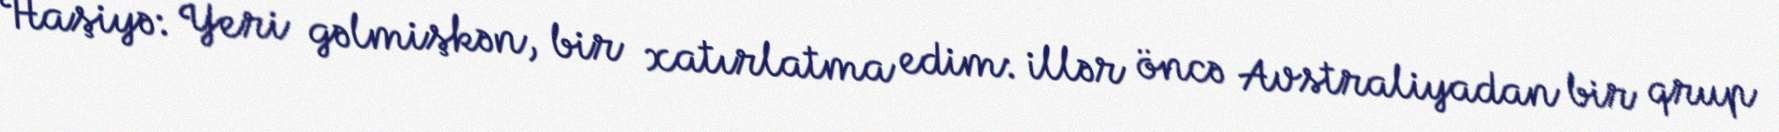
Haşiyə: Yeri gəlmişkən, bir xatırlatma edim: illər öncə Avstraliyadan bir qrup